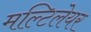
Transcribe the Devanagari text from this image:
मल्टिलेयर